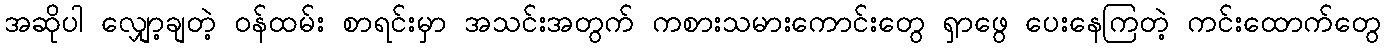
အဆိုပါ လျှော့ချတဲ့ ဝန်ထမ်း စာရင်းမှာ အသင်းအတွက် ကစားသမားကောင်းတွေ ရှာဖွေ ပေးနေကြတဲ့ ကင်းထောက်တွေ